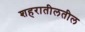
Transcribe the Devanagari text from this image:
शहरातीलतील